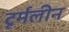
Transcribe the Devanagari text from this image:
टूर्मलीन